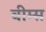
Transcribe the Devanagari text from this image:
वीम्स